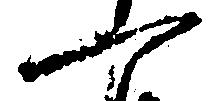
一